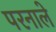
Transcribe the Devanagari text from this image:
परनाले